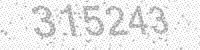
Solution: 315243